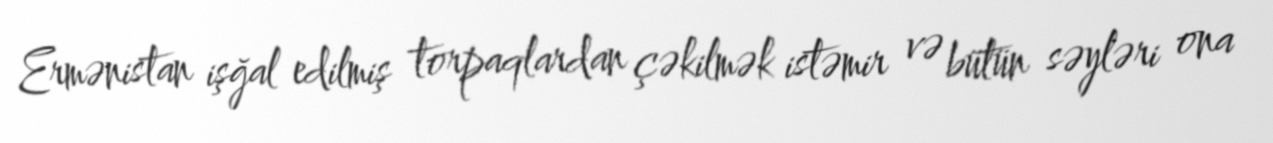
Ermənistan işğal edilmiş torpaqlardan çəkilmək istəmir və bütün səyləri ona